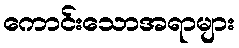
ကောင်းသောအရာများ